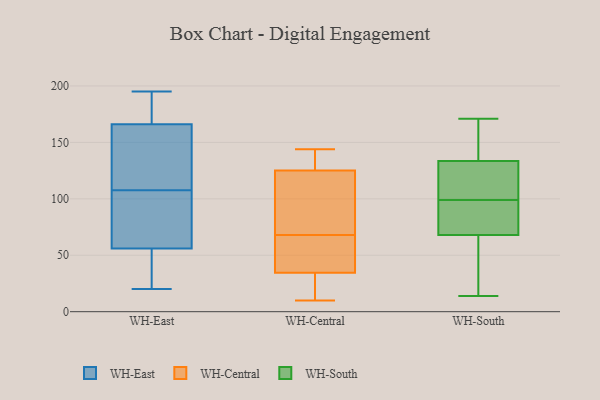
{"axis": {"x": "Temperature (°C)", "y": "Value"}, "legend": ["WH-Central", "WH-East", "WH-South"], "data": [{"x": "", "y": 195, "type": "WH-East"}, {"x": "", "y": 20, "type": "WH-East"}, {"x": "", "y": 95, "type": "WH-East"}, {"x": "", "y": 166, "type": "WH-East"}, {"x": "", "y": 56, "type": "WH-East"}, {"x": "", "y": 191, "type": "WH-East"}, {"x": "", "y": 31, "type": "WH-East"}, {"x": "", "y": 100, "type": "WH-East"}, {"x": "", "y": 141, "type": "WH-East"}, {"x": "", "y": 115, "type": "WH-East"}, {"x": "", "y": 129, "type": "WH-Central"}, {"x": "", "y": 66, "type": "WH-Central"}, {"x": "", "y": 50, "type": "WH-Central"}, {"x": "", "y": 22, "type": "WH-Central"}, {"x": "", "y": 117, "type": "WH-Central"}, {"x": "", "y": 70, "type": "WH-Central"}, {"x": "", "y": 10, "type": "WH-Central"}, {"x": "", "y": 144, "type": "WH-Central"}, {"x": "", "y": 126, "type": "WH-Central"}, {"x": "", "y": 47, "type": "WH-Central"}, {"x": "", "y": 21, "type": "WH-Central"}, {"x": "", "y": 124, "type": "WH-Central"}, {"x": "", "y": 136, "type": "WH-South"}, {"x": "", "y": 66, "type": "WH-South"}, {"x": "", "y": 131, "type": "WH-South"}, {"x": "", "y": 120, "type": "WH-South"}, {"x": "", "y": 70, "type": "WH-South"}, {"x": "", "y": 34, "type": "WH-South"}, {"x": "", "y": 102, "type": "WH-South"}, {"x": "", "y": 75, "type": "WH-South"}, {"x": "", "y": 140, "type": "WH-South"}, {"x": "", "y": 96, "type": "WH-South"}, {"x": "", "y": 14, "type": "WH-South"}, {"x": "", "y": 171, "type": "WH-South"}]}